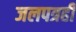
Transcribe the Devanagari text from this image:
जलपत्रही